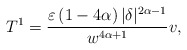
\begin{align*}T^{1}=\frac{\varepsilon \left( 1-4\alpha \right) |\delta|^{2\alpha-1}}{w^{4\alpha+1}}v, \end{align*}